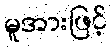
မူအားဖြင့်